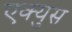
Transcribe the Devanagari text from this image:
एक्युस